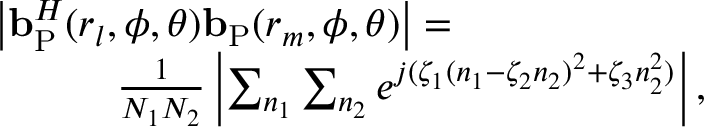
\begin{array} { r l } { \quad } & { \left| { \bf { b } } _ { \mathrm { { P } } } ^ { H } ( r _ { l } , \phi , \theta ) { \bf { b } } _ { \mathrm { P } } ( r _ { m } , \phi , \theta ) \right| = } \\ & { \quad \quad \quad \frac { 1 } { N _ { 1 } N _ { 2 } } \left| \sum _ { n _ { 1 } } \sum _ { n _ { 2 } } e ^ { j ( \zeta _ { 1 } ( n _ { 1 } - \zeta _ { 2 } n _ { 2 } ) ^ { 2 } + \zeta _ { 3 } n _ { 2 } ^ { 2 } ) } \right| , } \end{array}